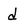
Character: d